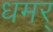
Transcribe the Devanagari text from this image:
धमर्